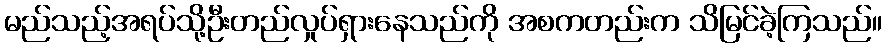
မည်သည့်အရပ်သို့ဦးတည်လှုပ်ရှားနေသည်ကို အစကတည်းက သိမြင်ခဲ့ကြသည်။